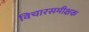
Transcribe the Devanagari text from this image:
विचारसमीक्षक